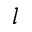
l